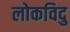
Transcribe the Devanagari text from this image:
लोकविदु